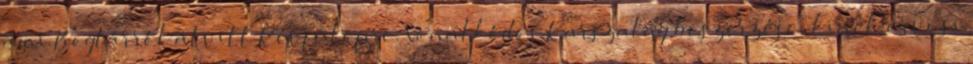
ami Boglárról átvitt Révfülöpre. Vonalkódos Karszalag beszerzése, kinek orvosi